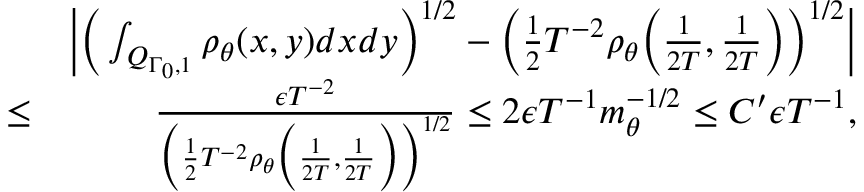
\begin{array} { r l r } & { } & { \Big | \Big ( \int _ { Q _ { \Gamma _ { 0 } , 1 } } \rho _ { \theta } ( x , y ) d x d y \Big ) ^ { 1 \slash 2 } - \Big ( \frac { 1 } { 2 } T ^ { - 2 } \rho _ { \theta } \Big ( \frac { 1 } { 2 T } , \frac { 1 } { 2 T } \Big ) \Big ) ^ { 1 \slash 2 } \Big | } \\ & { \leq } & { \frac { \epsilon T ^ { - 2 } } { \Big ( \frac { 1 } { 2 } T ^ { - 2 } \rho _ { \theta } \Big ( \frac { 1 } { 2 T } , \frac { 1 } { 2 T } \Big ) \Big ) ^ { 1 \slash 2 } } \leq 2 \epsilon T ^ { - 1 } m _ { \theta } ^ { - 1 \slash 2 } \leq C ^ { \prime } \epsilon T ^ { - 1 } , } \end{array}